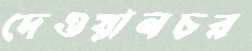
দেওয়ানচর